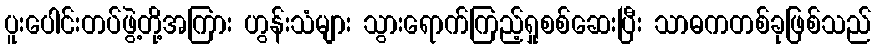
ပူးပေါင်းတပ်ဖွဲ့တို့အကြား ဟွန်းသံများ သွားရောက်ကြည့်ရှုစစ်ဆေးပြီး သာဓကတစ်ခုဖြစ်သည်